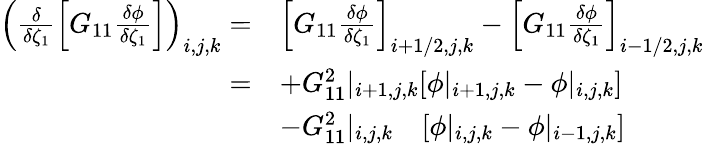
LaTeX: \begin{array}{rl}{\left(\frac{\delta}{\delta\zeta_{1}}\left[G_{11}\frac{\delta\phi}{\delta\zeta_{1}}\right]\right)_{i,j,k}=}&{\left[G_{11}\frac{\delta\phi}{\delta\zeta_{1}}\right]_{i+1/2,j,k}-\left[G_{11}\frac{\delta\phi}{\delta\zeta_{1}}\right]_{i-1/2,j,k}}\\ {=}&{+G_{11}^{2}|_{i+1,j,k}[\phi|_{i+1,j,k}-\phi|_{i,j,k}]}\\ &{-G_{11}^{2}|_{i,j,k}\quad[\phi|_{i,j,k}-\phi|_{i-1,j,k}]}\end{array}